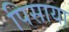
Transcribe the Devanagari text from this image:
पिसाया